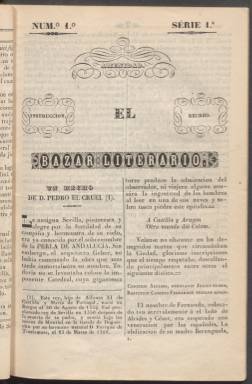
Título: El Bazar literario
Colección: Literatura
Ámbito geográfico: Burgos
Lugar de publicación: Burgos
Fechas: 01/01/1840-31/12/1840

Publicación nacida en plena época romántica dedicada íntegramente a la literatura que no ha dejado demasiado rastro ni siquiera sobre la fecha exacta de su aparición, que no se declara en la portada. Se deduce que salió en 1845 por la referencia que hace a la reciente publicación de la novela ‘María, la hija de un jornalero’, de Ayguals de Izco, cuya primera parte se publicó ese año. El lugar de edición, que tampoco se especifica, se deduce que es Burgos gracias a la indicación del establecimiento tipográfico de Timoteo Arnais, impresor de esa ciudad.

    El título de esta publicación aparece bellamente enmarcado en la portada, También aparecen adornadas las palabras Amenidad, Instrucción y Recreo que acompañan al título. La publicación constaba de 12 páginas y no indicaba su periodicidad. La Biblioteca Nacional de España solo posee los números 1, 2 y 9, todos ellos de la serie 1ª, lo que induce a pensar que el plan de los editores era amplio.

  El contenido de El Bazar literario son narraciones históricas noveladas y poesías, principalmente. Así en el número 1 se puede leer una narración basada en los hechos del rey Pedro el Cruel, muy de gusto romántico por el periodo de la historia medieval. Otras narraciones están enmarcadas en épocas posteriores, e incluso en tiempos  contemporáneos de la revista. Los poemas se insertan detrás.

   La última página estaba dedicada a la bibliografía, con el anuncio de las novedades literarias y periodísticas, dado que se informa también de las publicaciones periódicas que salen al mercado en toda España. Con esta página es como se ha podido fechar la aparición de El Bazar literario con la referencia a la publicación por entregas de la novela ‘María, la hija de un jornalero’. Los editores aseguran que el público espera con ansiedad la novela.

  En el número 9, último que posee la BNE, se puede leer una poesía de Amalia Fenollosa titulada ‘Penas del corazón’, dedicada a su amiga la también poetisa Manuela Cambronero. Amalia Fenollosa nació en Castellón en 1825 y murió joven, en 1869. Su obra fundamental es un libro publicado en 1843 titulado ‘Poesías’. Por su parte, Manuela Cambronero escribió ‘Días de convalecencia, colección de poesías y novelas originales’, libro publicado en 1852.

    Para conocer más sobre estas poetisas y otras de la época puede verse el libro ‘Escritoras españolas del siglo XIX. Manual bio-bibliográfico’, de María del Carmen Simón Palmer (Madrid, Castalia 1991).

[Descripción publicada el 09/08/2023]